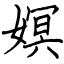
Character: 嫇